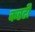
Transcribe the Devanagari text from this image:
करटी